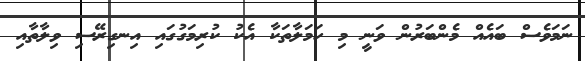
ނަމަވެސް ބައެއް މެންބަރުން ވަނީ މި ހަމަލާތަކާ އެކު ކުރިމަގުގައި އިނގިރޭސި ވިލާތާއި